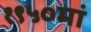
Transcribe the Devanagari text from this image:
१९५०मां